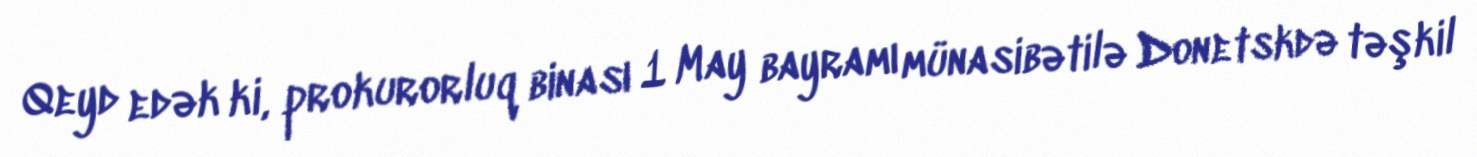
Qeyd edək ki, prokurorluq binası 1 May bayramı münasibətilə Donetskdə təşkil